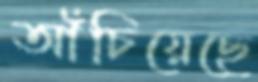
আঁচিয়েছে